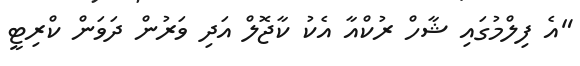
"އެ ފިލްމުގައި ޝާހް ރުކްއާ އެކު ކާޖޮލް އަދި ވަރުން ދަވަން ކްރިޓީ